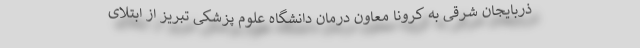
ذربایجان شرقی به کرونا معاون درمان دانشگاه علوم پزشکی تبریز از ابتلای